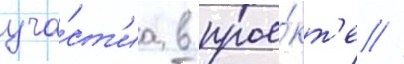
уча́ст'иа в прое́кт'е //